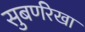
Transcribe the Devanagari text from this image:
सुबर्णरेखा